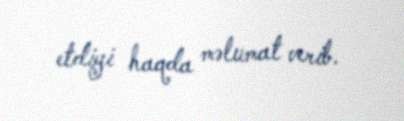
etdiyi haqda məlumat verib.